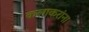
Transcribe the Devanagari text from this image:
कलाकरांना